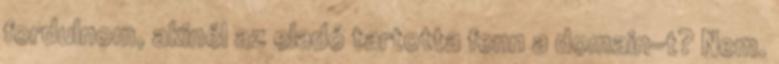
fordulnom, akinél az eladó tartotta fenn a domain-t? Nem.